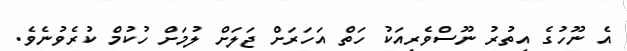
އެ ނޫހުގެ އިތުރު ނޫސްވެރިއަކު ހަތް އަހަރަށް ޖަލަށް ލުމަށް ހުކުމް ކުރެވުނެވެ.